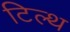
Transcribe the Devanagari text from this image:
टिल्थ